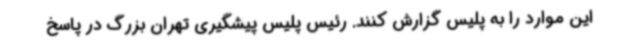
این موارد را به پلیس گزارش کنند. رئیس پلیس پیشگیری تهران بزرگ در پاسخ